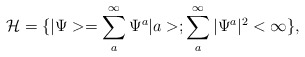
\begin{align*}{\cal{H}}=\{|\Psi>=\sum _a^{\infty} \Psi^a |a>;\sum_a^{\infty} |\Psi^a|^2 < \infty \},\end{align*}